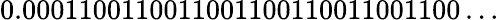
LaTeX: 0.0001100110011001100110011001100\ldots